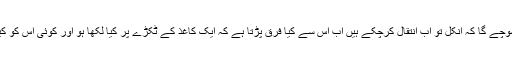
اب کوئی سوچے گا کہ انکل تو اب انتقال کرچکے ہیں اب اس سے کیا فرق پڑتا ہے کہ ایک کاغذ کے ٹکڑے پر کیا لکھا ہو اور کوئی اس کو کیا سمجھے۔